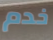
خدم